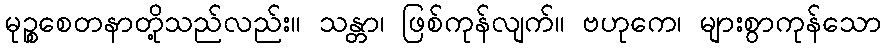
မုဉ္စစေတနာတို့သည်လည်း။ သန္တာ၊ ဖြစ်ကုန်လျက်။ ဗဟုကေ၊ များစွာကုန်သော